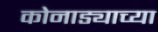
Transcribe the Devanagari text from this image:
कोनाड्याच्या